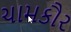
ચામકૌર